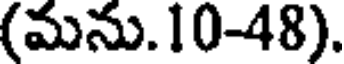
(మను.10-48).